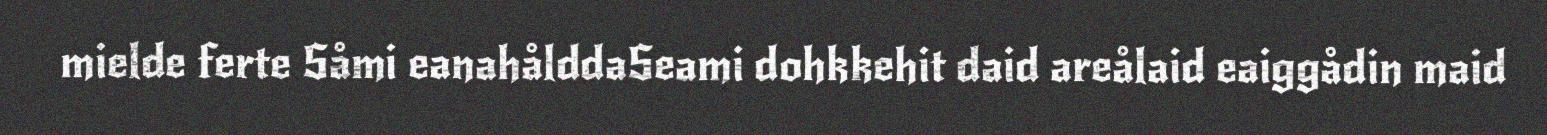
mielde ferte Såmi eanahålddaSeami dohkkehit daid areålaid eaiggådin maid